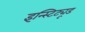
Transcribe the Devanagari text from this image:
इन्स्टिट्यूड